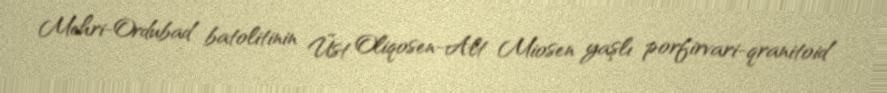
Mehri-Ordubad batolitinin Üst Oliqosen-Alt Miosen yaşlı porfirvari-qranitoid